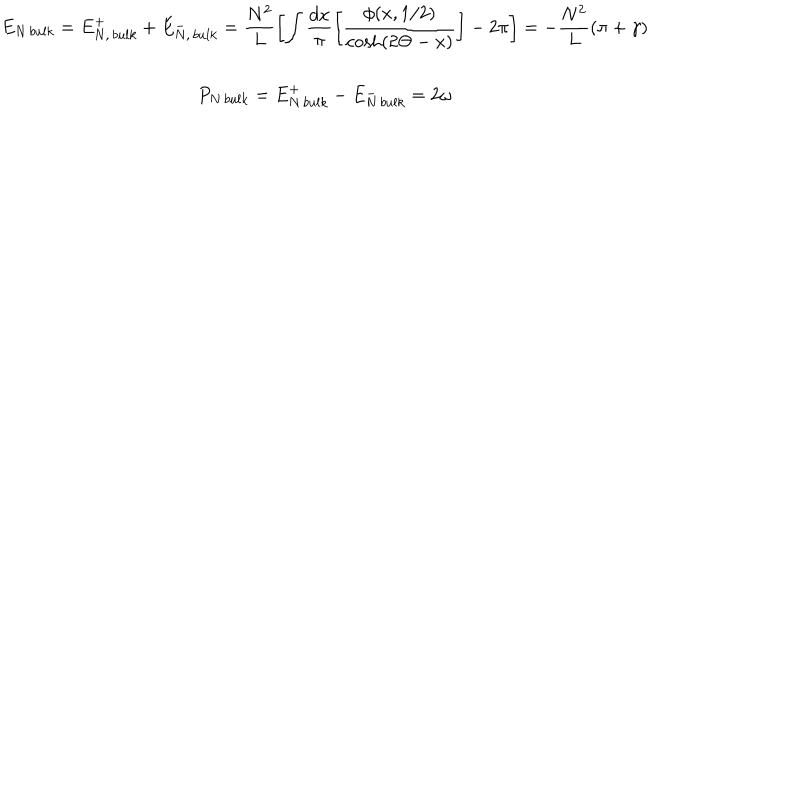
\begin{array} { c } { { E _ { N \, b u l k } = E _ { N , \, b u l k } ^ { + } + E _ { N , \, b u l k } ^ { - } = \displaystyle \frac { N ^ { 2 } } { L } \left[ \displaystyle \int \displaystyle \frac { d x } { \pi } \left[ \displaystyle \frac { \phi ( x , 1 / 2 ) } { \cosh ( 2 \Theta - x ) } \right] - 2 \pi \right] = - \displaystyle \frac { N ^ { 2 } } { L } ( \pi + \gamma ) } } \\ { { P _ { N \, b u l k } = E _ { N \, b u l k } ^ { + } - E _ { N \, b u l k } ^ { - } = 2 \omega } } \\ \end{array}